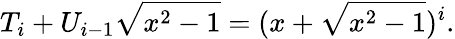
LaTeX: T_{i}+U_{i-1}{\sqrt{x^{2}-1}}=(x+{\sqrt{x^{2}-1}})^{i}.